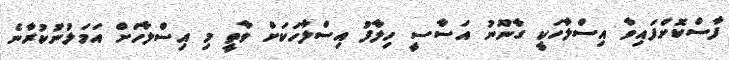
ފާސްކޮށްފައިވާ އިސްލާހަކީ ގާނޫނު އަސާސީ ހިލާފު އިސްލާހަކަށް ވާތީ މި އިސްލާހަށް އަމަލުނުކުރާނެ